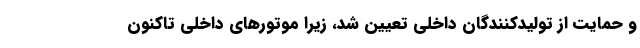
و حمایت از تولیدکنندگان داخلی تعیین شد، زیرا موتور‌های داخلی تاکنون